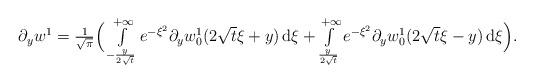
LaTeX: \begin{align*}\begin{array}{ll}\partial_y w^1 = \frac{1}{\sqrt{\pi}} \Big(\int\limits_{-\frac{y}{2\sqrt{t}}}^{+\infty} e^{-\xi^2} \partial_y w_0^1(2\sqrt{t}\xi + y) \,\mathrm{d}\xi+ \int\limits_{\frac{y}{2\sqrt{t}}}^{+\infty} e^{-\xi^2} \partial_y w_0^1(2\sqrt{t}\xi - y) \,\mathrm{d}\xi\Big).\end{array}\end{align*}